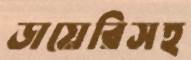
ডায়েরিসহ